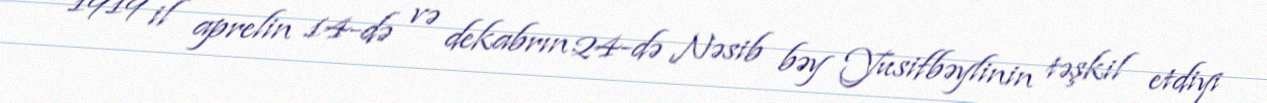
1919 il aprelin 14-də və dekabrın 24-də Nəsib bəy Yusifbəylinin təşkil etdiyi